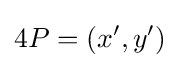
4P=(x',y')